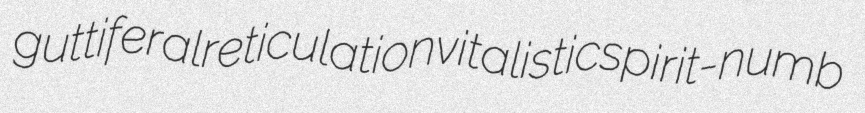
guttiferal reticulation vitalistic spirit-numb